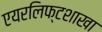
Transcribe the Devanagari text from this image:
एयरलिफ्टशाखा